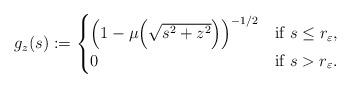
LaTeX: \begin{align*} g_z (s) := \begin{cases} \left(1 - \mu \Bigl( \sqrt{s^2 +z^2}\Bigr)\right)^{-1/2} & \textnormal{if $s\leq r_\varepsilon$}, \\0& \textnormal{if $s > r_\varepsilon$} . \end{cases}\end{align*}